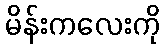
မိန်းကလေးကို